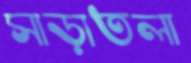
সাড়াতলা